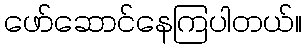
ဖော်ဆောင်နေကြပါတယ်။